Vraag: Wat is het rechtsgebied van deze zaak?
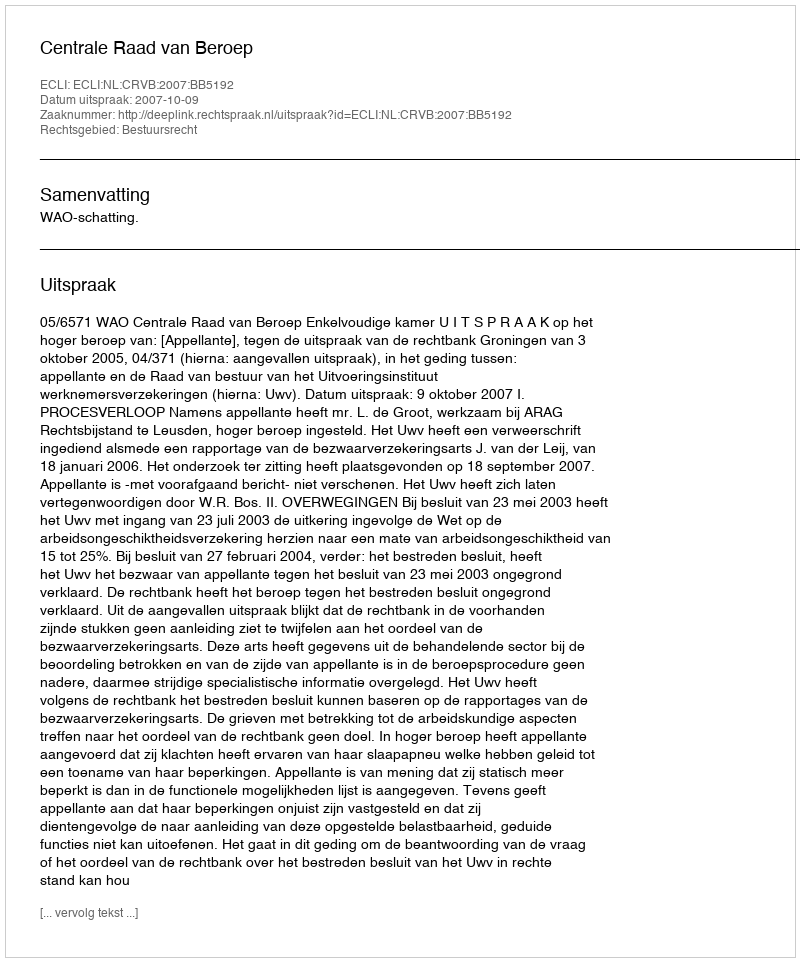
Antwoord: Bestuursrecht